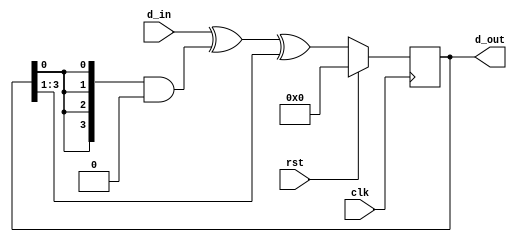
//MISR multiple input signatire register

module misr #(parameter [3:0] poly = 0)(clk,rst,d_in,d_out);
	
	input clk,rst;
	input [3:0] d_in;
	output reg [3:0] d_out;

	always @(posedge clk)
	begin
		if (rst) d_out = 4'b0000;
		else d_out = d_in ^ ({4{d_out[0]}} & poly) ^ {1'b0,d_out[3:1]};
	end
endmodule